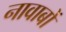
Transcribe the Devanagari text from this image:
नावाबों